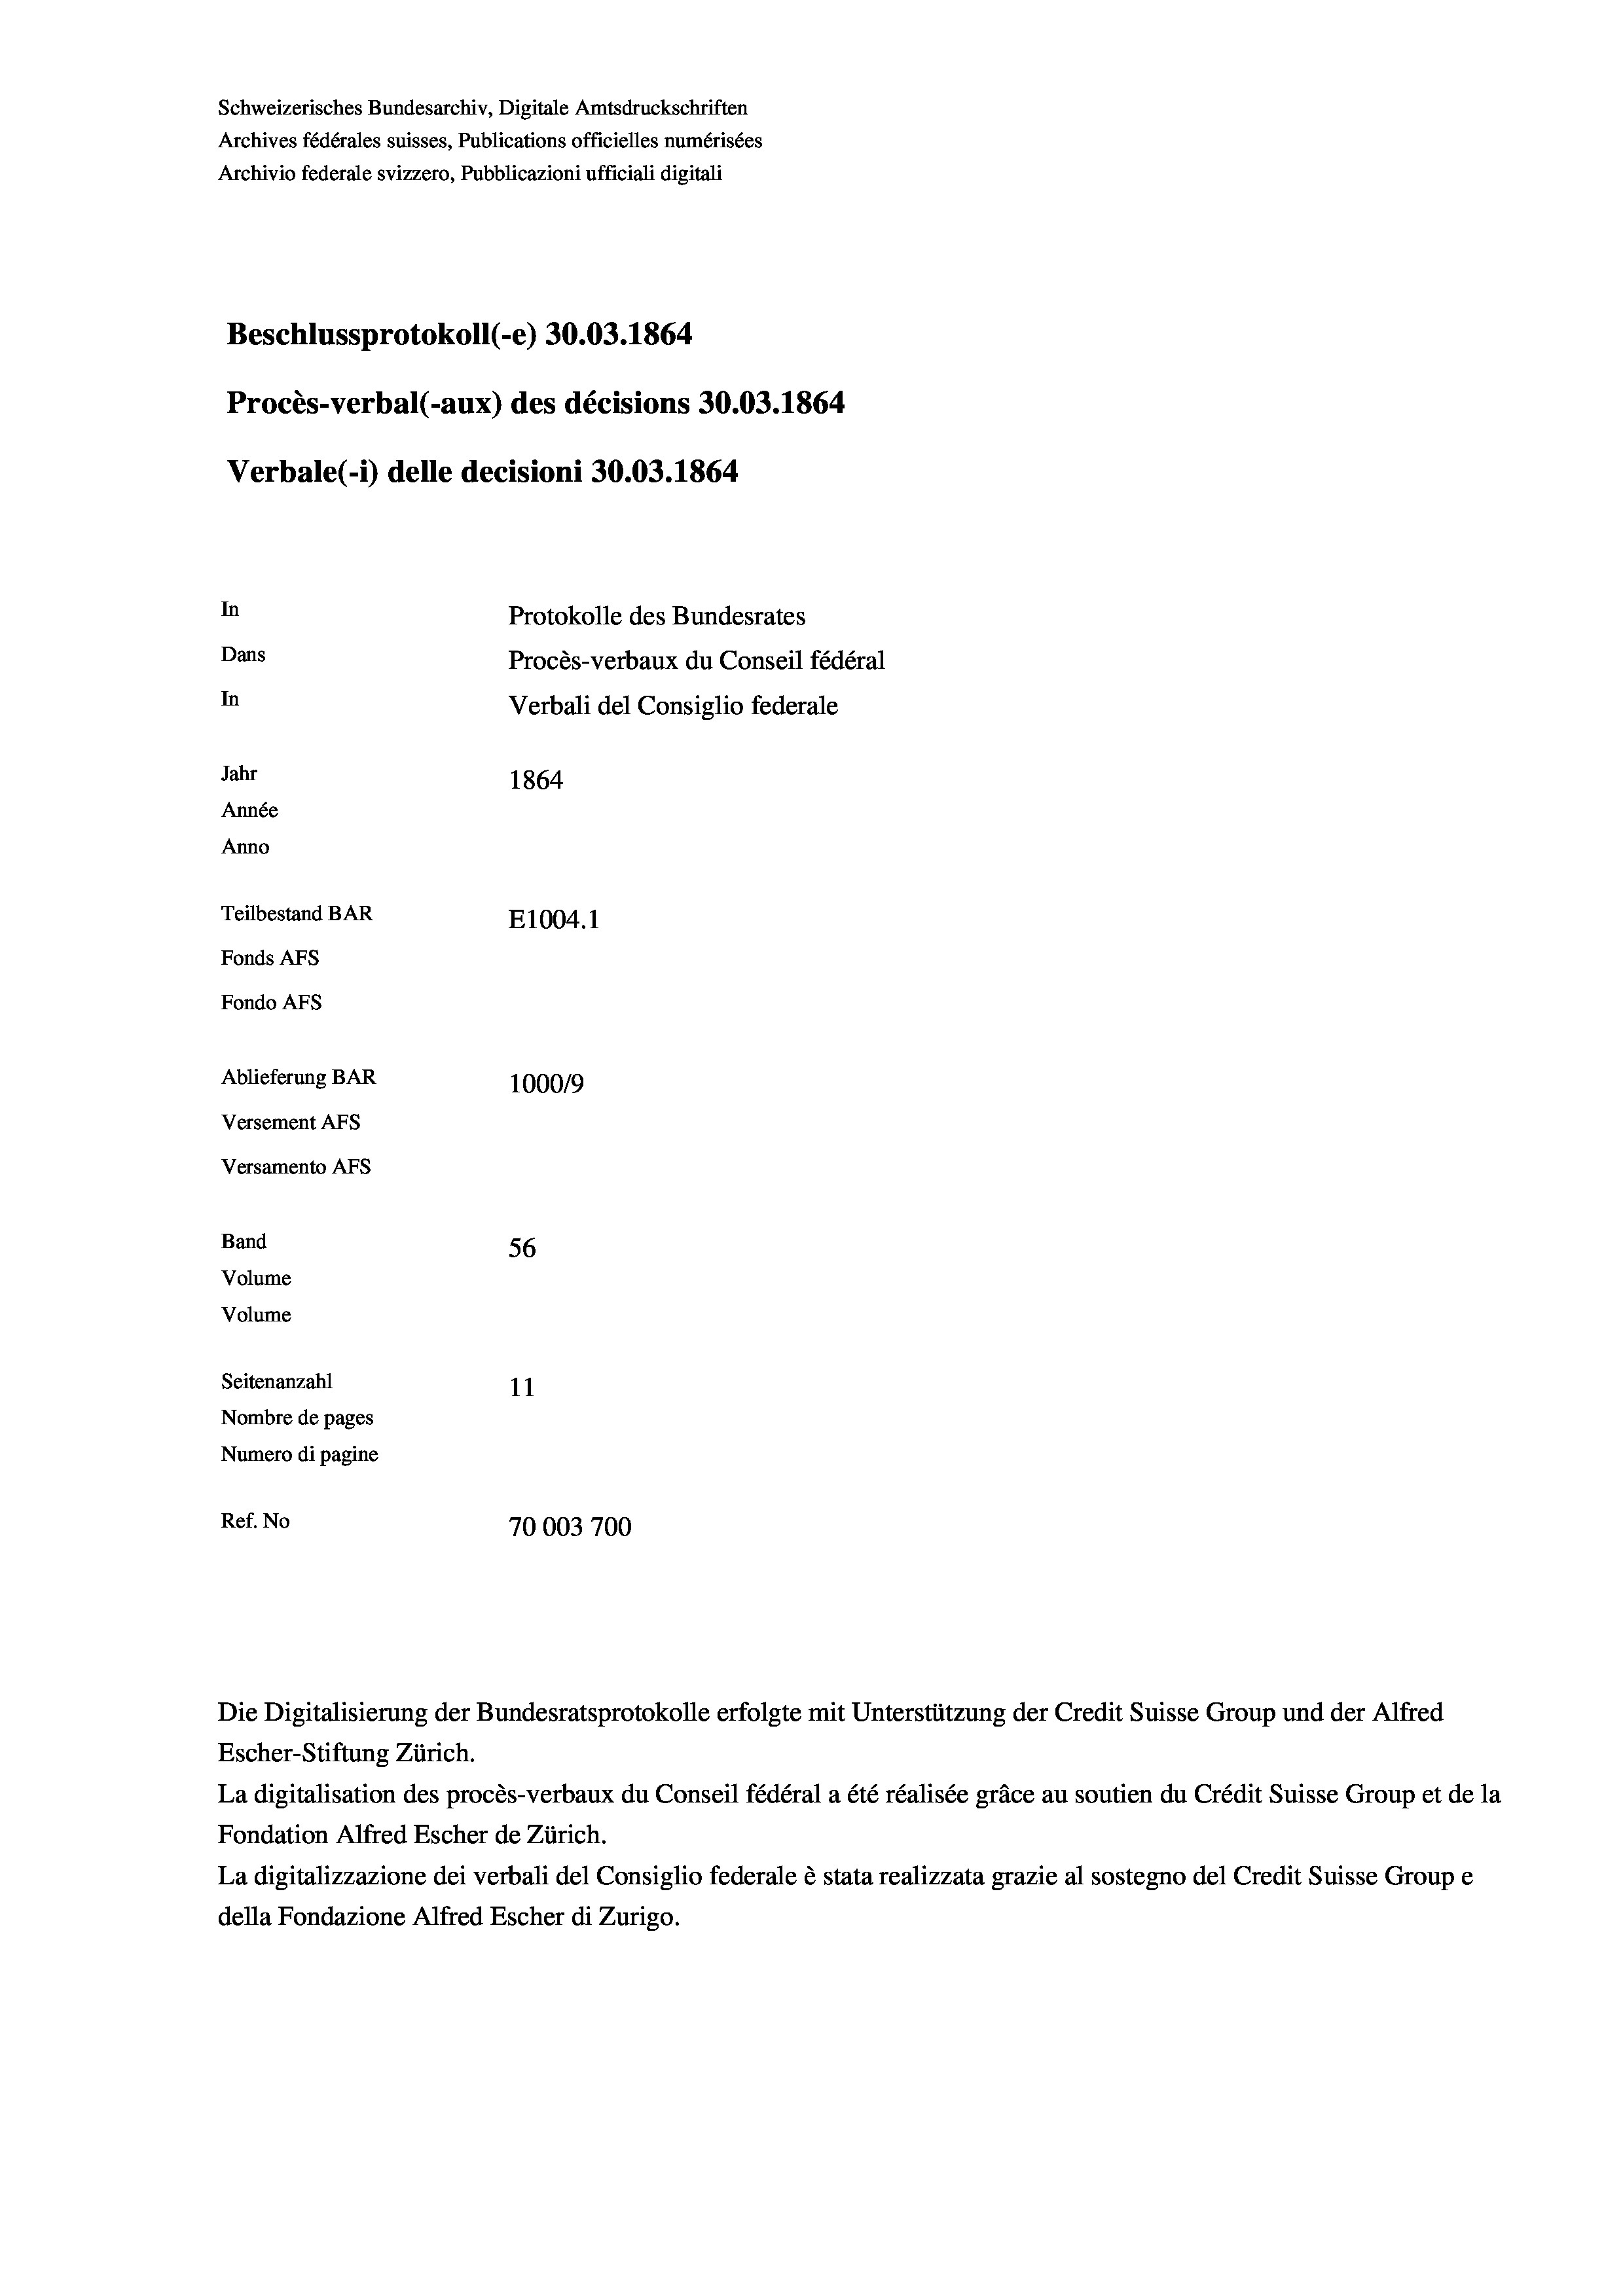
Schweizerisches Bundesarchiv, Digitale Amtsdruckschriften
Archives fédérales suisses, Publications officielles numérisées
Archivio federale svizzero, Pubblicazioni ufficiali digitali
Beschlussprotokoll (-e) 30.03. 1864
Procès-verbal (-aux) des décisions 30.03. 1864
Verbale (i) delle decisioni 30.03. 1864
In
Protokolle des Bundesrates
Dans
Procès-verbaux du Conseil fédéral
In
Verbali del Consiglio federale
Jahr
1864
Année
Anno
Teilbestand BAR
E1004.1
Fonds Afs
Fondo AFs

Ablieferung BAR
Versement AFS
Versamento AFs
Band
Volume
Volume

100019
56
Seitenanzahl
11
Nombre de pages
Numero di pagine
Ref. No
70003700

La digitalisation des procès-verbaux du Conseil fédéral a été réalisée gräce au soutien du Crédit Suisse Group et de la
Fondation Alfred Escher de Zürich.
La digitalizzazione dei verbali del Consiglio federale è stata realizzata grazie al sostegno del Credit Suisse Groupe
della Fondazione Alfred Escher di Zurigo.

Die Digitalisierung der Bundesratsprotokolle erfolgte mit Unterstützung der Credit Suisse Group und der Alfred
Escher-Stiftung Zürich.